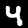
Digit: 4